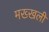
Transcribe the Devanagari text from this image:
मख्खली